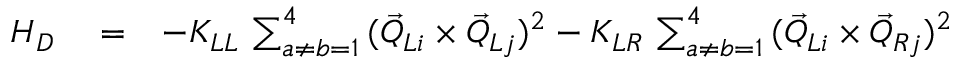
\begin{array} { r l r } { H _ { D } } & { { } = } & { - K _ { L L } \, \sum _ { a \neq b = 1 } ^ { 4 } \, ( \vec { Q } _ { L i } \times \vec { Q } _ { L j } ) ^ { 2 } - K _ { L R } \, \sum _ { a \neq b = 1 } ^ { 4 } \, ( \vec { Q } _ { L i } \times \vec { Q } _ { R j } ) ^ { 2 } } \end{array}